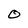
Character: O